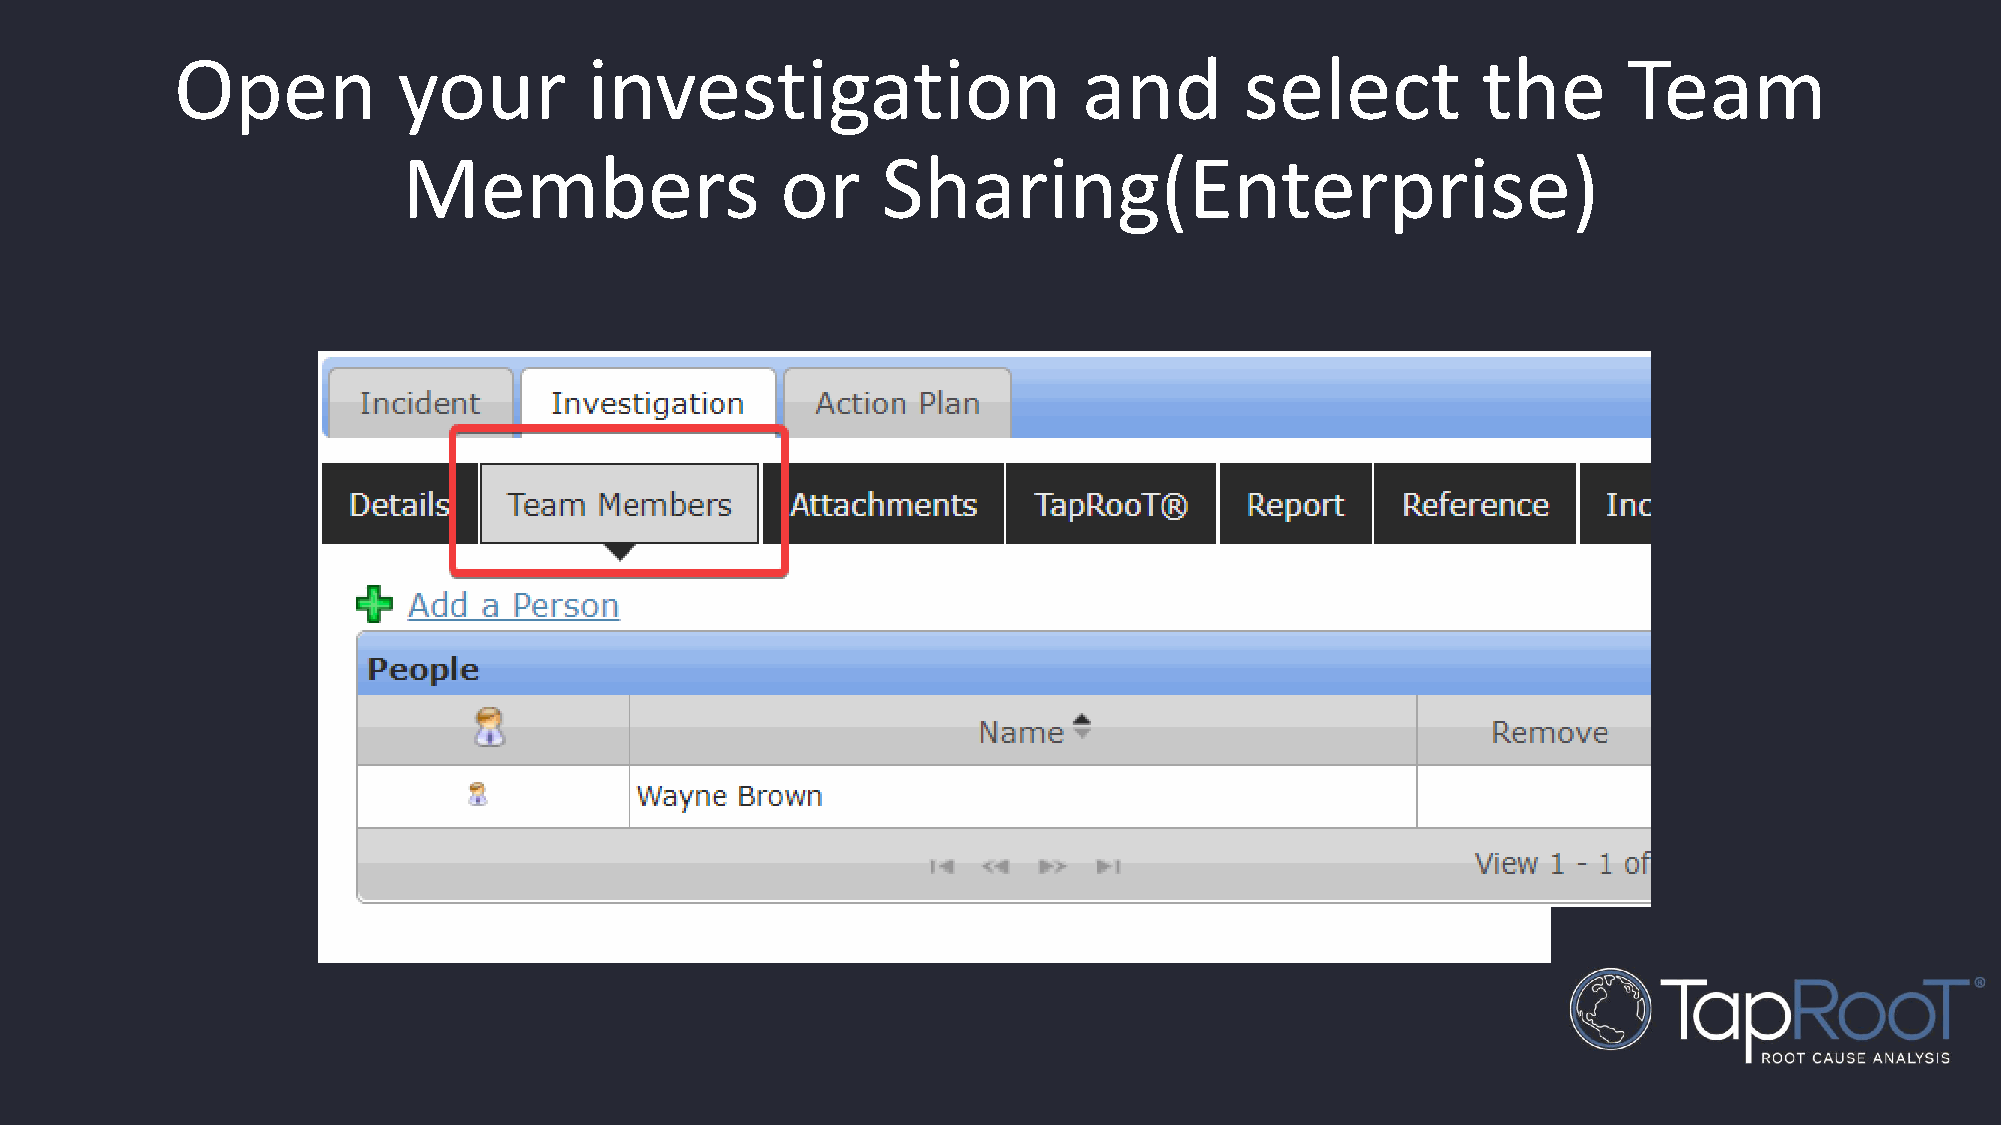
Open          your         investigation                    and       select          the       Team
 Members                  or    Sharing(Enterprise)